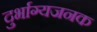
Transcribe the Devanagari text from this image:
दुर्भाग्यजनक